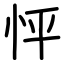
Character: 怦